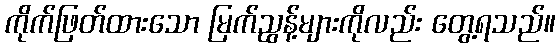
ကိုက်ဖြတ်ထားသော မြက်ညွန့်များကိုလည်း တွေ့ရသည်။